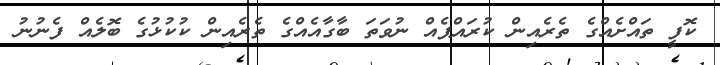
ކޮފީ ތައްށެއްގެ ތެރެއިން ކުރައްޕެއް ނުވަތަ ބާގާއެއްގެ ތެރެއިން ކުކުޅުގެ ބޮލެއް ފެނުނު